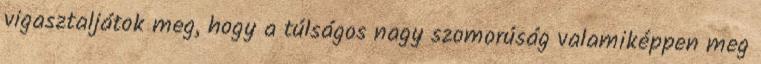
vigasztaljátok meg, hogy a túlságos nagy szomorúság valamiképpen meg